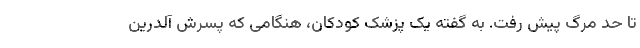
تا حد مرگ پیش رفت. به گفته‌ یک پزشک کودکان، هنگامی که پسرش آلدرین